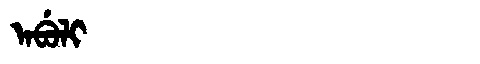
Manchu: ᠠᠪᡠᠯᡳ
Romanization: ABULI